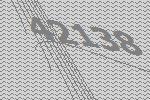
42138